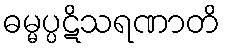
ဓမ္မပ္ပဋိသရဏာတိ